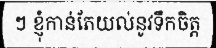
ៗ ខ្ញុំកាន់តែយល់នូវទឹកចិត្ត